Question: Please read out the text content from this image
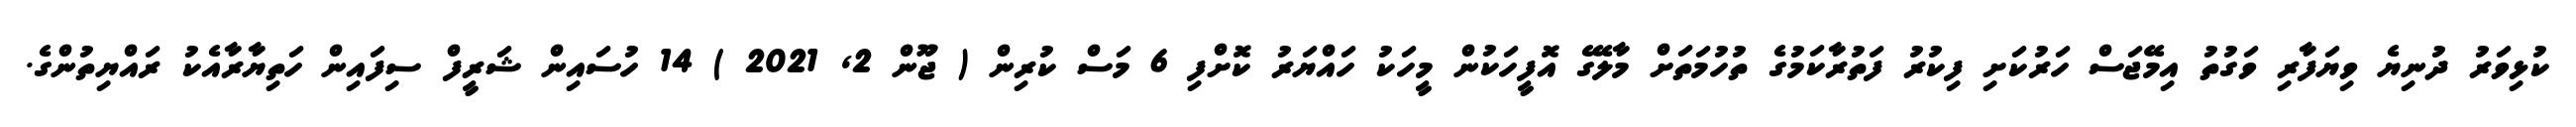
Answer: ކުޅިވަރު ދުނިޔެ ވިޔަފާރި ވަގުތު އިމޭޖަސް ހަރުކަށި ފިކުރު ފަތުރާކަމުގެ ތުހުމަތަށް މާލޭގެ އޮފީހަކުން މީހަކު ހައްޔަރު ކޮށްފި 6 މަސް ކުރިން ( ޖޫން 2, 2021 ) 14 ހުސައިން ޝަރީފް ސިފައިން ހަތިޔާރާއެކު ރައްޔިތުންގެ.